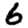
Digit: 6